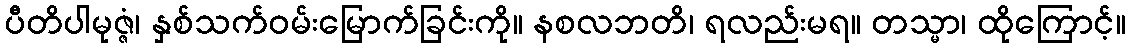
ပီတိပါမုဇ္ဇံ၊ နှစ်သက်ဝမ်းမြောက်ခြင်းကို။ နစလဘတိ၊ ရလည်းမရ။ တသ္မာ၊ ထိုကြောင့်။